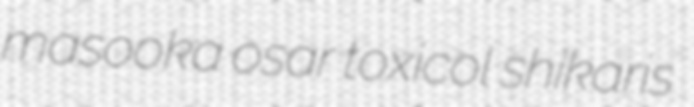
masooka osar toxicol shikaris